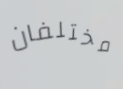
مختلفان